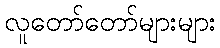
လူတော်တော်များများ